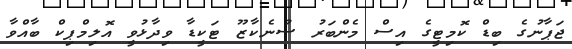
ޖަޕާނުގެ ބިޑް ކޮމިޓީގެ އިސް މެންބަރު ސުނެކާޒޫ ޓަކީޑާ ވިދާޅުވީ އޮލިމްޕިކް ބާއްވާ